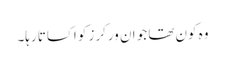
وہ کون تھا جو ان ورکرز کو اکساتا رہا۔